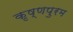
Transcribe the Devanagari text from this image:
कृष्णपुरम